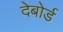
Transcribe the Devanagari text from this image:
देबोर्ड